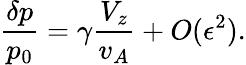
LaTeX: \frac{\delta p}{p_{0}}=\gamma\frac{V_{z}}{v_{A}}+O(\epsilon^{2}).